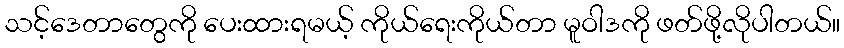
သင့်ဒေတာတွေကို ပေးထားရမယ့် ကိုယ်ရေးကိုယ်တာ မူဝါဒကို ဖတ်ဖို့လိုပါတယ်။